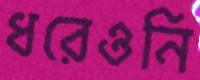
ধরেওনি